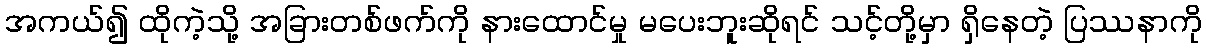
အကယ်၍ ထိုကဲ့သို့ အခြားတစ်ဖက်ကို နားထောင်မှု မပေးဘူးဆိုရင် သင့်တို့မှာ ရှိနေတဲ့ ပြဿနာကို